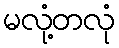
မလုံ့တလုံ